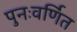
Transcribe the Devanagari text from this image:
पुनःवर्णित